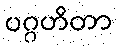
ပဂ္ဂဟိတာ